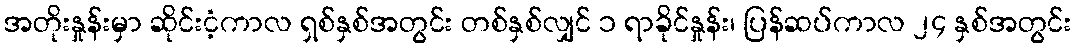
အတိုးနှုန်းမှာ ဆိုင်းငံ့ကာလ ရှစ်နှစ်အတွင်း တစ်နှစ်လျှင် ၁ ရာခိုင်နှုန်း၊ ပြန်ဆပ်ကာလ ၂၄ နှစ်အတွင်း